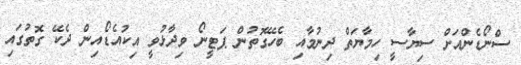
ސްނޯޑެންއަށް ސިޔާސީ ހިމާޔަތް ދިނުމާއި ބެހޭގޮތުން ޕަޓީނޯ ވިދާޅުވީ އިކުއެޑޯއިން ދެކޭ ގޮތުގައި